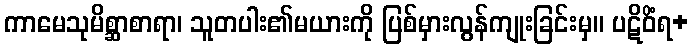
ကာမေသုမိစ္ဆာစာရာ၊ သူတပါး၏မယားကို ပြစ်မှားလွန်ကျုးခြင်းမှ။ ပဋိဝိံရ+